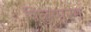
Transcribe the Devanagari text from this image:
विळुप्पुरम